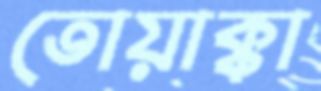
তোয়াক্কা